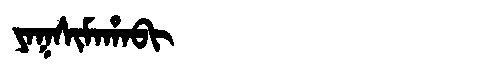
Manchu: ᠶᠠᡴᠰᡳᠮᠠᡥᠠᠪᡳ
Romanization: YAKSIMAHABI